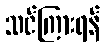
သင်ကြားရန်